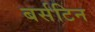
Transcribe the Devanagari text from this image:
बर्सटिन